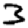
Digit: 3